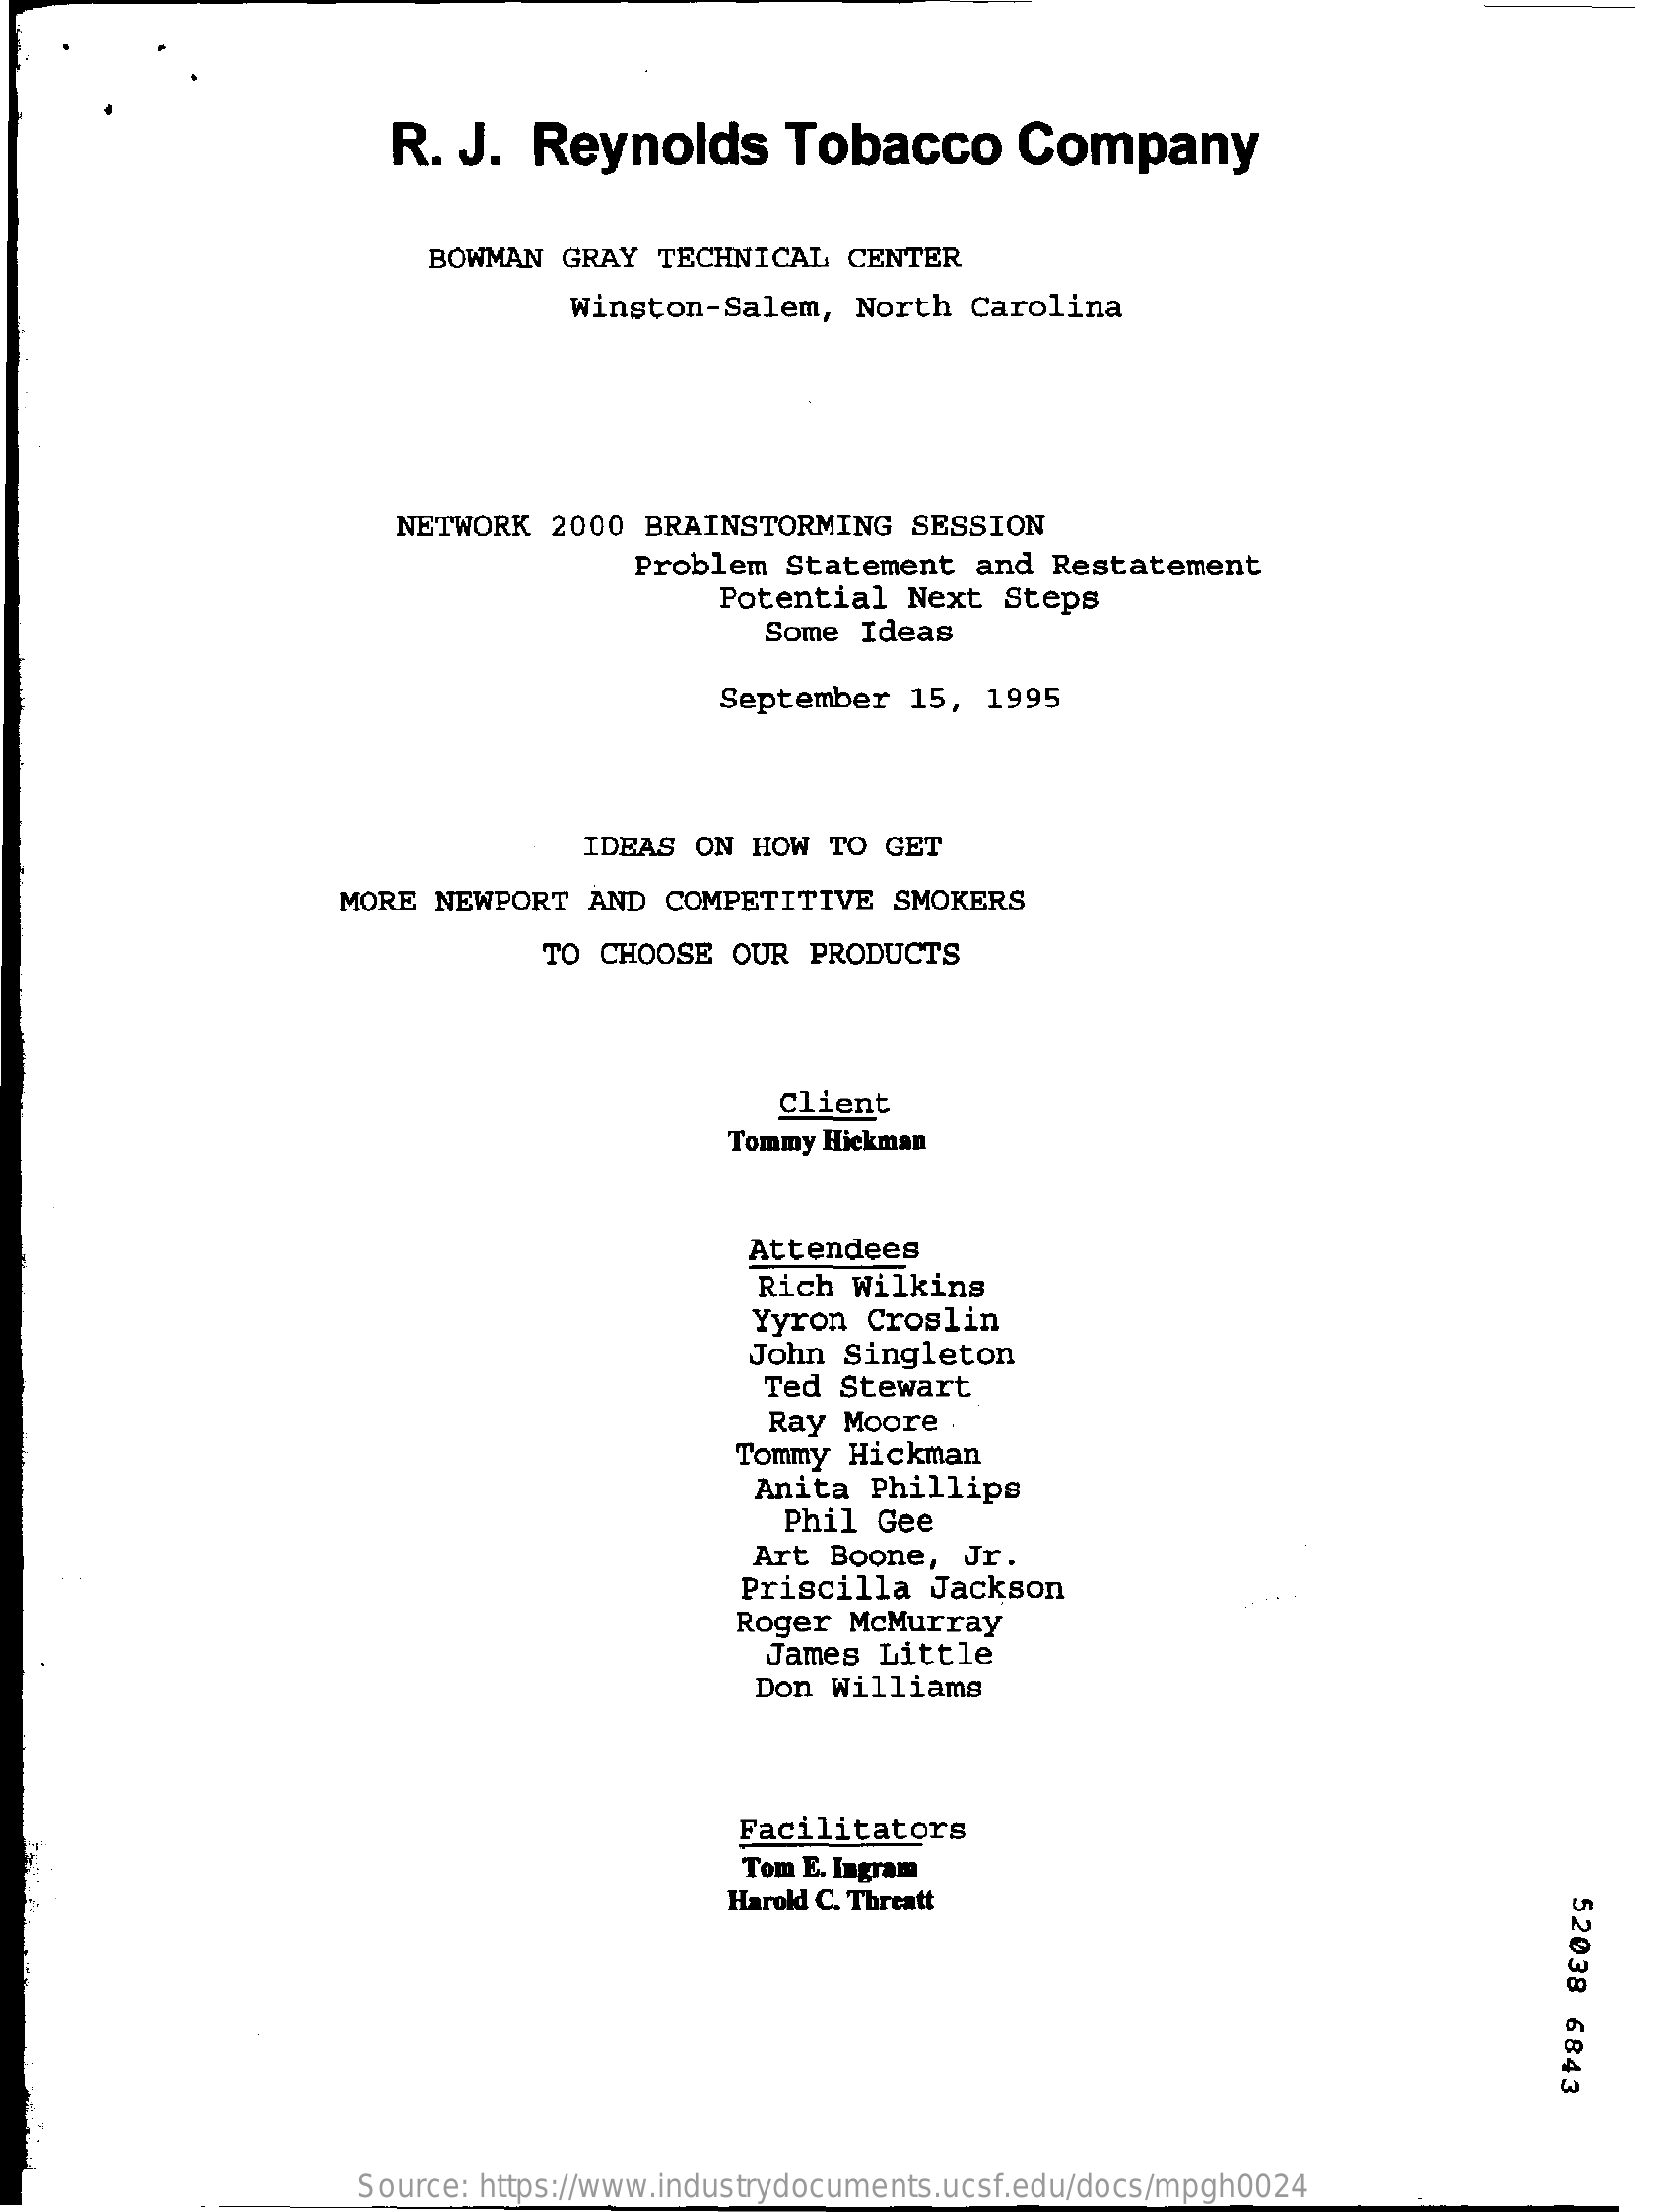
R.  J.   Reynolds    Tobacco    Company
     BOWMAN  GRAY  TECHNICAL   CENTER
     Winston-Salem,   North  Carolina
     NETWORK  2000  BRAINSTORMING    SESSION
     Problem  Statement   and Restatement
     Potential  Next   Steps
     Some Ideas
     September   15, 1995
     IDEAS ON  HOW  TO GET
     MORE  NEWPORT  AND  COMPETITIVE    SMOKERS
     TO CHOOSE   OUR PRODUCTS
     Client
     Tommy Hickman
     Attendees
     Rich  Wilkins
     Yyron  Croslin
     John  Singleton
     Ted Stewart
     Ray Moore  .
     Tommy  Hickman
     Anita  Phillips
     Phil Gee
     Art  Boone,  Jr.
     Priscilla   Jackson
     Roger  McMurray
     James  Little
     Don  Williams
     Facilitators
     Tom E. Ingram
     Harold C. Threatt
     52038
     6843
     Source: https://www.industrydocuments.ucsf.edu/docs/mpgh0024